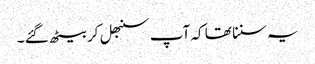
یہ سننا تھا کہ آپ سنبھل کر بیٹھ گئے ۔